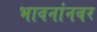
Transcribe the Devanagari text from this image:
भावनांनवर